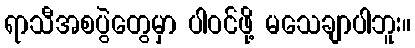
ရာသီအစပွဲတွေမှာ ပါဝင်ဖို့ မသေချာပါဘူး။